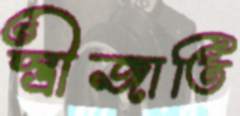
স্ত্রীজাতি